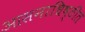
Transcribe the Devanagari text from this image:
आसनाधिष्ठीत